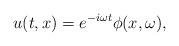
LaTeX: \begin{align*}u(t,x) = e^{- i \omega t} \phi(x,\omega),\end{align*}